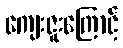
ကျေးဇူးကြောင့်